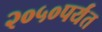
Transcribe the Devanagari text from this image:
२०५०पर्यंत